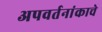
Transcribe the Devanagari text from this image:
अपवर्तनांकाचे